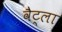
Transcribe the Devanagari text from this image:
वैट्ला